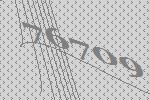
76709